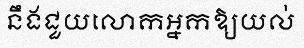
នឹងជួយលោកអ្នកឱ្យយល់